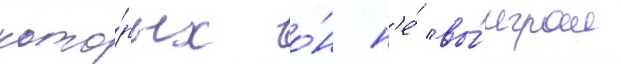
кото́рых о́н н'е́ вы́играл